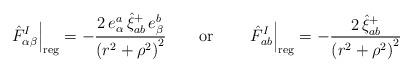
LaTeX: \begin{align*}\left. \hat{F}_{\alpha \beta }^I\right| _{{\rm reg}}=-\frac{2\,e_\alpha ^a\,\hat{\xi}_{ab}^{+}\,e_\beta ^b}{\left( r^2+\rho ^2\right) ^2}\qquad {\rm or}\qquad\left. \hat{F}_{ab}^I\right| _{{\rm reg}}=-\frac{2\,\hat{\xi}_{ab}^{+}}{\left( r^2+\rho ^2\right) ^2}\end{align*}